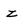
Character: z